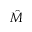
\hat { M }